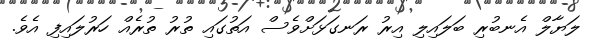
ލަޔާލް އެނބުރި ބަލައިލި އިރު ރަނގަޅަށްވެސް އަތުގައި ތުރު ތުރެއް ހަރުލައިފި އެވެ.